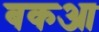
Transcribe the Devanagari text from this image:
बकआ